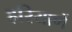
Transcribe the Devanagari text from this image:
हरियाणें